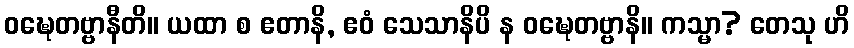
ဝဍ္ဎေတဗ္ဗာနီတိ။ ယထာ စ ဧတာနိ, ဧဝံ သေသာနိပိ န ဝဍ္ဎေတဗ္ဗာနိ။ ကသ္မာ? တေသု ဟိ